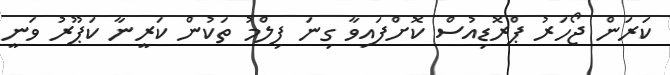
ކަރަން ޖޯހަރު ޕްރޮޑިއުސް ކޮށްފައިވާ ގިނަ ފިލްމު ތަކުން ކަރީނާ ކަޕޫރު ވަނީ